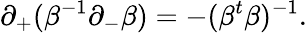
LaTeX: \partial_{+}(\beta^{-1}\partial_{-}\beta)=-(\beta^{t}\beta)^{-1}.